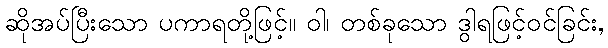
ဆိုအပ်ပြီးသော ပကာရတို့ဖြင့်။ ဝါ၊ တစ်ခုသော ဒွါရဖြင့်ဝင်ခြင်း,